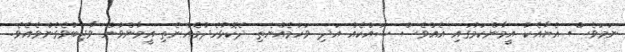
ނަމަވެސް އެޔާއެކު އީމާންކަމުގައި އެއްވެސް ޝައްކެއް އަދި ވަހުމެއްނެތި ދެކޮޅުހެދުމެއްނެތި އީމާންވުން ވާޖިބުވެގެންވެއެވެ.